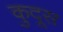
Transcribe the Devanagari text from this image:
कुदूस